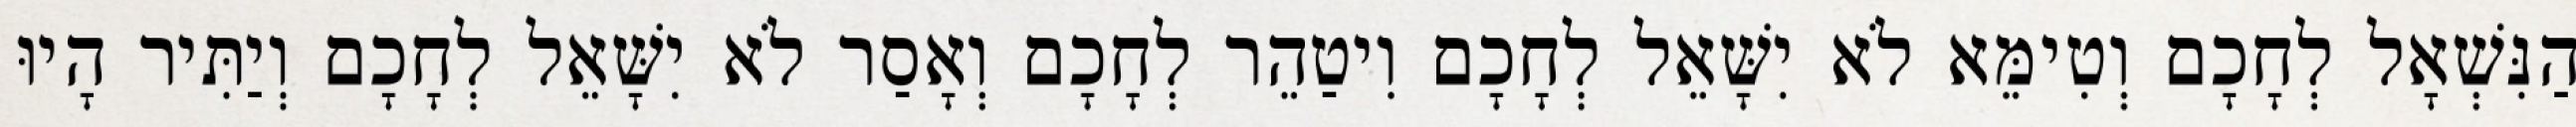
הַנִּשְׁאָל לְחָכָם וְטִימֵּא לֹא יִשָּׁאֵל לְחָכָם וִיטַהֵר לְחָכָם וְאָסַר לֹא יִשָּׁאֵל לְחָכָם וְיַתִּיר הָיוּ